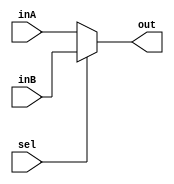
`timescale 1ns / 1ns

module twoToOneMux_32(
    input[31:0] inA,
    input[31:0] inB,
    input[0:0] sel,
    output reg[31:0] out
);

    always @* begin
        if (sel==1'b0) begin
            out <= inA;
        end else begin
            out <= inB;
        end
    end

endmodule